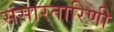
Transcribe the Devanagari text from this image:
संसारतारिणी